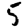
Digit: 5